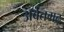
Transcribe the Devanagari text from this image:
अर्वतगढ़